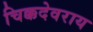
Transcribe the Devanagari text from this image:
चिक्कदेवराय